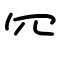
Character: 㓁